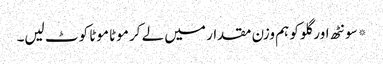
*سونٹھ اور گلو کو ہم وزن مقدار میں لے کر موٹا موٹا کوٹ لیں۔